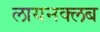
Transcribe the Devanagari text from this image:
लायनक्लब